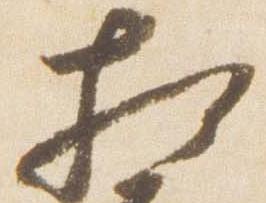
相